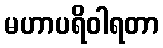
မဟာပရိဝါရတာ